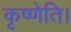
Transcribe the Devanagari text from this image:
कृष्णेति।